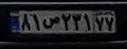
۸۱ص۲۳۱۷۷